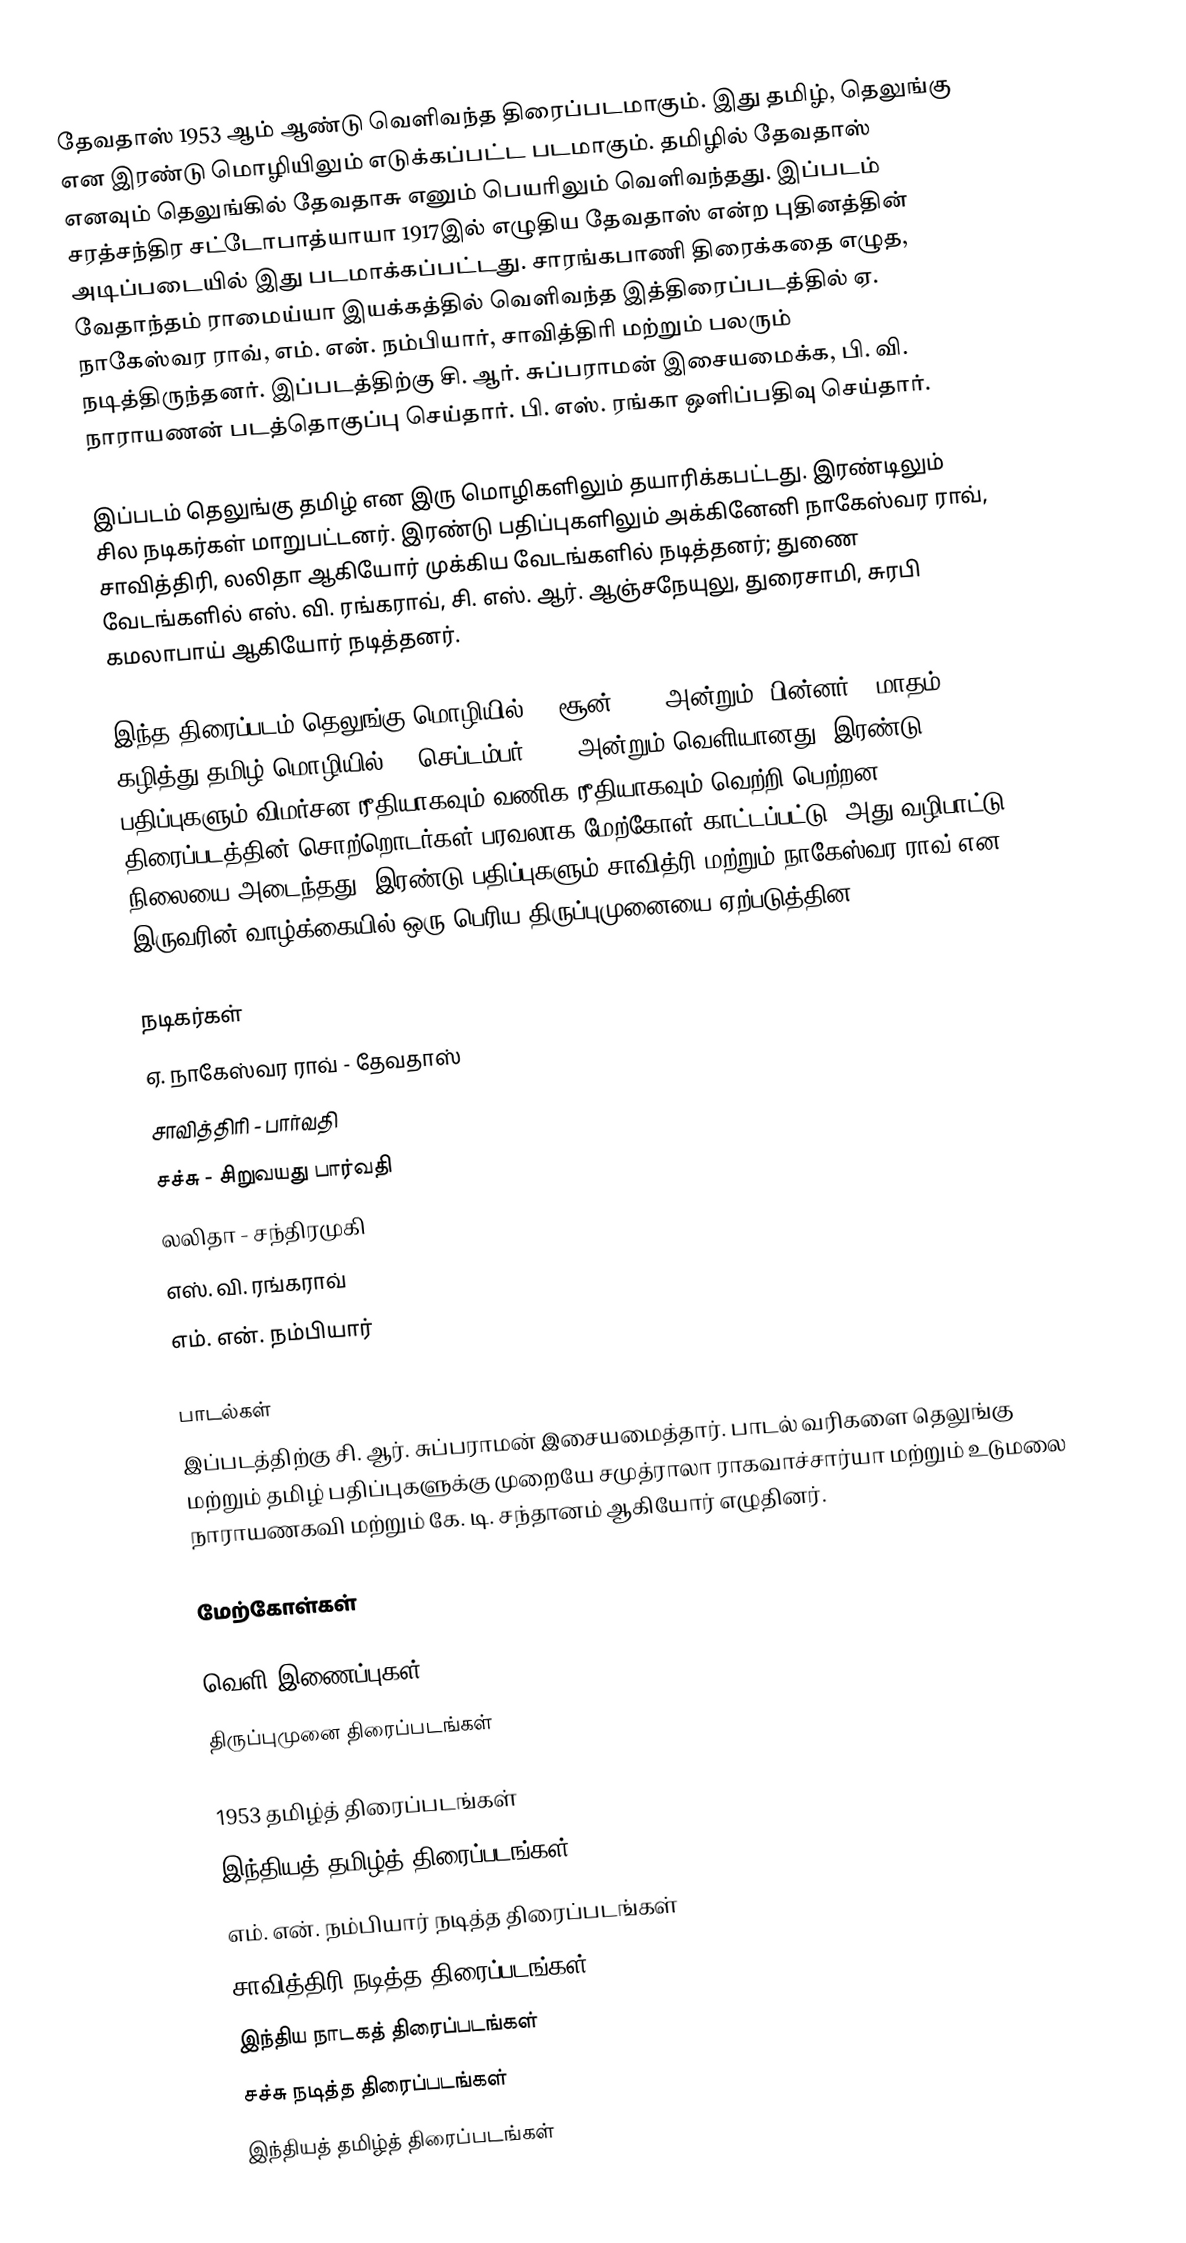
தேவதாஸ் 1953 ஆம் ஆண்டு வெளிவந்த திரைப்படமாகும். இது தமிழ், தெலுங்கு என இரண்டு மொழியிலும் எடுக்கப்பட்ட படமாகும். தமிழில் தேவதாஸ் எனவும் தெலுங்கில் தேவதாசு எனும் பெயரிலும் வெளிவந்தது. இப்படம் சரத்சந்திர சட்டோபாத்யாயா  1917இல் எழுதிய தேவதாஸ் என்ற புதினத்தின் அடிப்படையில் இது படமாக்கப்பட்டது.  சாரங்கபாணி திரைக்கதை எழுத, வேதாந்தம் ராமைய்யா இயக்கத்தில் வெளிவந்த இத்திரைப்படத்தில் ஏ. நாகேஸ்வர ராவ், எம். என். நம்பியார், சாவித்திரி மற்றும் பலரும் நடித்திருந்தனர். இப்படத்திற்கு சி. ஆர். சுப்பராமன் இசையமைக்க, பி. வி. நாராயணன் படத்தொகுப்பு செய்தார். பி. எஸ். ரங்கா ஒளிப்பதிவு செய்தார்.

இப்படம் தெலுங்கு தமிழ் என இரு மொழிகளிலும் தயாரிக்கபட்டது. இரண்டிலும் சில நடிகர்கள் மாறுபட்டனர். இரண்டு பதிப்புகளிலும் அக்கினேனி நாகேஸ்வர ராவ், சாவித்திரி, லலிதா ஆகியோர் முக்கிய வேடங்களில் நடித்தனர்; துணை வேடங்களில் எஸ். வி. ரங்கராவ், சி. எஸ். ஆர். ஆஞ்சநேயுலு, துரைசாமி, சுரபி கமலாபாய் ஆகியோர் நடித்தனர்.

இந்த திரைப்படம் தெலுங்கு மொழியில் 26 சூன் 1953 அன்றும், பின்னர் 3 மாதம் கழித்து தமிழ் மொழியில் 11 செப்டம்பர் 1953 அன்றும் வெளியானது. இரண்டு பதிப்புகளும் விமர்சன ரீதியாகவும் வணிக ரீதியாகவும் வெற்றி பெற்றன. திரைப்படத்தின் சொற்றொடர்கள் பரவலாக மேற்கோள் காட்டப்பட்டு, அது வழிபாட்டு நிலையை அடைந்தது. இரண்டு பதிப்புகளும் சாவித்ரி மற்றும் நாகேஸ்வர ராவ் என இருவரின் வாழ்க்கையில் ஒரு பெரிய திருப்புமுனையை ஏற்படுத்தின.

நடிகர்கள்
 ஏ. நாகேஸ்வர ராவ் - தேவதாஸ்
 சாவித்திரி - பார்வதி
 சச்சு - சிறுவயது பார்வதி
 லலிதா - சந்திரமுகி
 எஸ். வி. ரங்கராவ்
 எம். என். நம்பியார்

பாடல்கள்
இப்படத்திற்கு சி. ஆர். சுப்பராமன் இசையமைத்தார். பாடல் வரிகளை  தெலுங்கு மற்றும் தமிழ் பதிப்புகளுக்கு முறையே சமுத்ராலா ராகவாச்சார்யா மற்றும் உடுமலை நாராயணகவி மற்றும் கே. டி. சந்தானம் ஆகியோர் எழுதினர்.

மேற்கோள்கள்

வெளி இணைப்புகள்
 திருப்புமுனை திரைப்படங்கள்

1953 தமிழ்த் திரைப்படங்கள்
இந்தியத் தமிழ்த் திரைப்படங்கள்
எம். என். நம்பியார் நடித்த திரைப்படங்கள்
சாவித்திரி நடித்த திரைப்படங்கள்
இந்திய நாடகத் திரைப்படங்கள்
சச்சு நடித்த திரைப்படங்கள்
இந்தியத் தமிழ்த் திரைப்படங்கள்